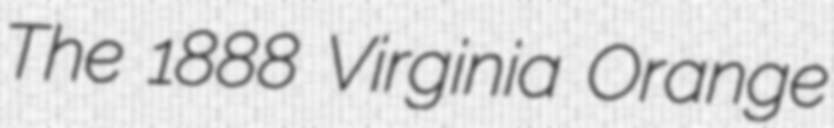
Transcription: The 1888 Virginia Orange